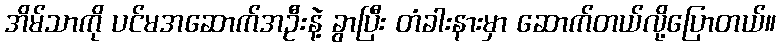
အိမ်သာကို ပင်မအဆောက်အဦးနဲ့ ခွာပြီး တံခါးနားမှာ ဆောက်တယ်လို့ပြောတယ်။